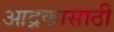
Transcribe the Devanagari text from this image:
आद्रकासाठी